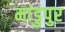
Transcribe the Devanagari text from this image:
मांडुपुर